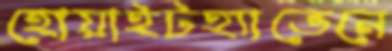
হোয়াইটহ্যাভেনে